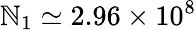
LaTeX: \mathbb{N}_{1}\simeq2.96\times10^{8}